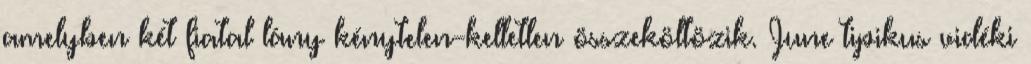
amelyben két fiatal lány kénytelen-kelletlen összeköltözik. June tipikus vidéki